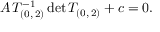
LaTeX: A \, T _ { ( 0 , \, 2 ) } ^ { - 1 } \, \mathrm { d e t } \, T _ { ( 0 , \, 2 ) } + c = 0 .